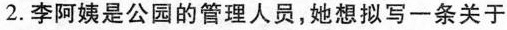
2.李阿姨是公园的管理人员，她想拟写一条关于